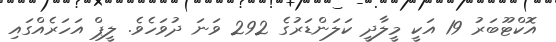
އޮކްޓޫބަރު 19 އަކީ މީލާދީ ކަލަންޑަރުގެ 292 ވަނަ ދުވަހެވެ. ލީޕް އަހަރެއްގައި